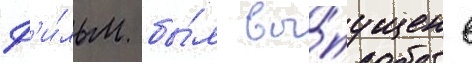
Ф'и́льм бы́л вы́пущен в